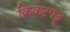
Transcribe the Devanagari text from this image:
क्रिकेटपट्टू